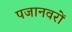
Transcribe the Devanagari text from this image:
पजानवरों